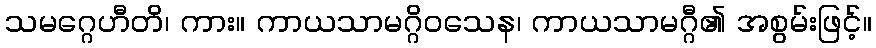
သမဂ္ဂေဟီတိ၊ ကား။ ကာယသာမဂ္ဂိဝသေန၊ ကာယသာမဂ္ဂီ၏ အစွမ်းဖြင့်။